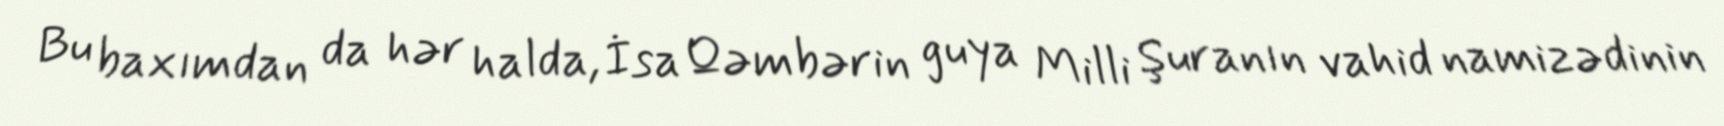
Bu baxımdan da hər halda, İsa Qəmbərin guya Milli Şuranın vahid namizədinin